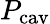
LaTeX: P_{\mathrm{cav}}